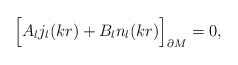
\begin{align*}\Bigr[A_{l} j_{l}(kr)+B_{l} n_{l}(kr)\Bigr]_{\partial M}=0,\end{align*}